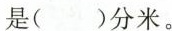
是( )分米。